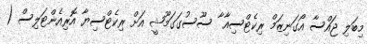
މިބަލި ޖައްސާ އޯގަނިޒަމް ރިކެޓްސިއާ ާ ސޫސުގަގަމޫޝީ އަށް ރިކެޓްސިޔާ އޮރިއެންޓަލިސް (